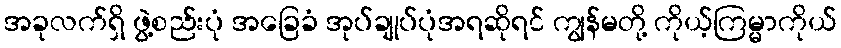
အခုလက်ရှိ ဖွဲ့စည်းပုံ အခြေခံ အုပ်ချုပ်ပုံအရဆိုရင် ကျွန်မတို့ ကိုယ့်ကြမ္မာကိုယ်